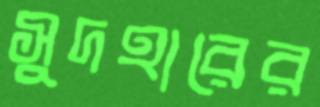
সুদহারের